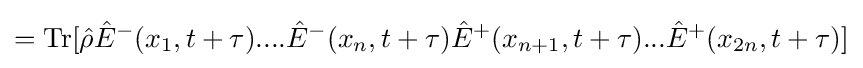
=\mathrm {Tr} [{\hat {\rho }}{\hat {E}}^{-}(x_{1},t+\tau )....{\hat {E}}^{-}(x_{n},t+\tau ){\hat {E}}^{+}(x_{n+1},t+\tau )...{\hat {E}}^{+}(x_{2n},t+\tau )]